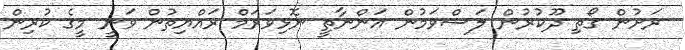
ރަށުން ގޯތި ދޫކުރުން ލަސްވަމުން އަންނާތީ ނޮޅިވަރަމް ރައްޔިތުން ވަނީ މީގެ ކުރިން